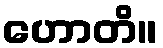
ဟောတိ။